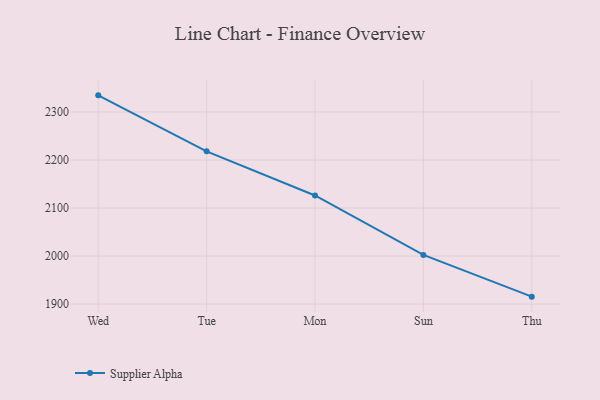
{"axis": {"x": "Day", "y": "Budget (USD K)"}, "legend": ["Supplier Alpha"], "data": [{"x": "Wed", "y": 2334.7, "type": "Supplier Alpha"}, {"x": "Tue", "y": 2218.1, "type": "Supplier Alpha"}, {"x": "Mon", "y": 2126.2, "type": "Supplier Alpha"}, {"x": "Sun", "y": 2002.3, "type": "Supplier Alpha"}, {"x": "Thu", "y": 1915.4, "type": "Supplier Alpha"}]}